King Institute of Preventive Medicine Micro-Biological Section reports 1909-11
Year: 1909
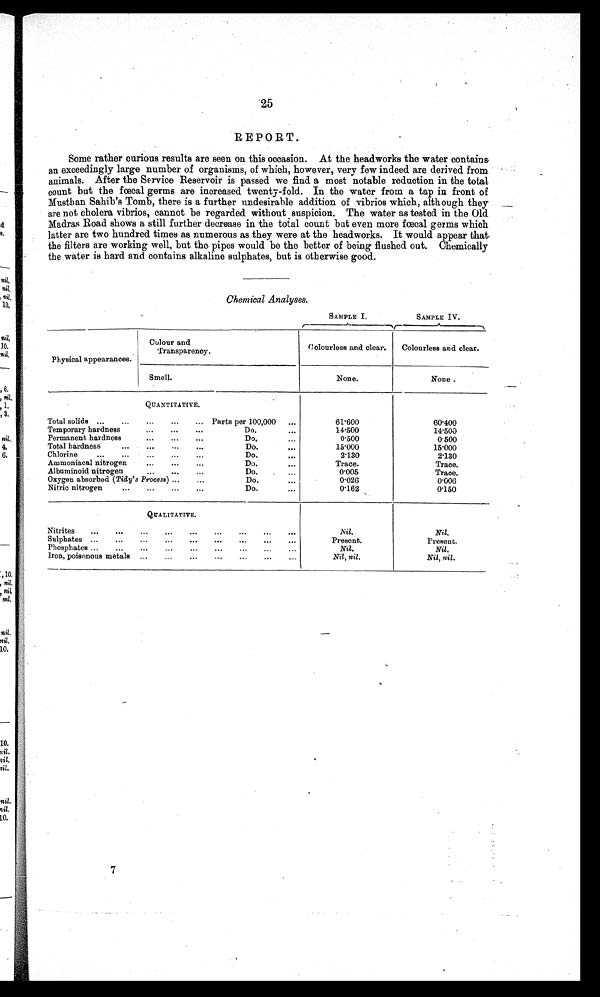
25
REPORT.
Some rather curious results are seen on this occasion. At the headworks the water contains
an exceedingly large number of organisms, of which, however, very few indeed are derived from
animals. After the Service Reservoir is passed we find a most notable reduction in the total
count but the fœcal germs are increased twenty-fold. In the water from a tap in front of
Mustban Sahib's Tomb, there is a further undesirable addition of vibrios which, although they
are not cholera vibrios, cannot be regarded without suspicion. The water as tested in the Old.
Madras Road shows a still further decrease in the total count but even more fœcal germs which
latter are two hundred. times as numerous as they were at the headworks. It would appear that
the filters are working well, but the pipes would be the better of being flushed out. Chemically
the water is hard and contains alkaline sulphates, but is otherwise good.
Chemical Analyses.
SAMPLE I.
SAMPLE IV.
Physical appearances.
C olour and
T r a n s p a r e n c y .
Colourless and clear.
Colourless and clear.
Smell.
None.
None.
QUANTITATIVE.
Total solids
Parts per 100,000
61·600
60·400
Temporary hardness
Do.
14·500
14·500
Permanent hardness
Do.
0 · 5 0 0
0 · 5 0 0
Total hardness
Do.
15·000
15·000
Chlorine
Do.
2 · 1 3 0
2 · 1 3 0
Ammoniacal nitrogen
Do.
Trace.
Trace.
Albuminoid nitrogen
Do.
0 · 0 0 5
Trace.
Oxygen absorbed ( Tidy's Process )
Do.
0 · 0 2 6
0 · 0 0 6
Nitric nitrogen
Do.
0 · 1 6 2
0 · 1 5 0
QUALITATIVE.
Nitrites
Nil.
Nil.
Sulphates
Present.
Present.
Phosphates
Nil.
Nil.
Nil, nil.
N i l , n i l .
Iron, poisonous metals